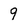
Character: 9